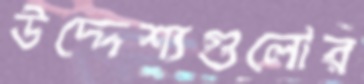
উদ্দেশ্যগুলোর